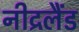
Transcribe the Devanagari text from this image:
नीद्रलैंड